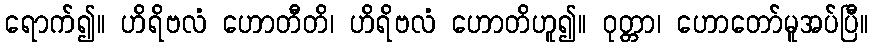
ရောက်၍။ ဟိရိဗလံ ဟောတီတိ၊ ဟိရိဗလံ ဟောတိဟူ၍။ ဝုတ္တာ၊ ဟောတော်မူအပ်ပြီ။